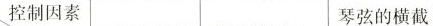
控制因素 琴弦的横截